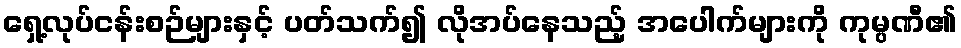
ရှေ့လုပ်ငန်းစဉ်များနှင့် ပတ်သက်၍ လိုအပ်နေသည့် အပေါက်များကို ကုမ္ပဏီ၏